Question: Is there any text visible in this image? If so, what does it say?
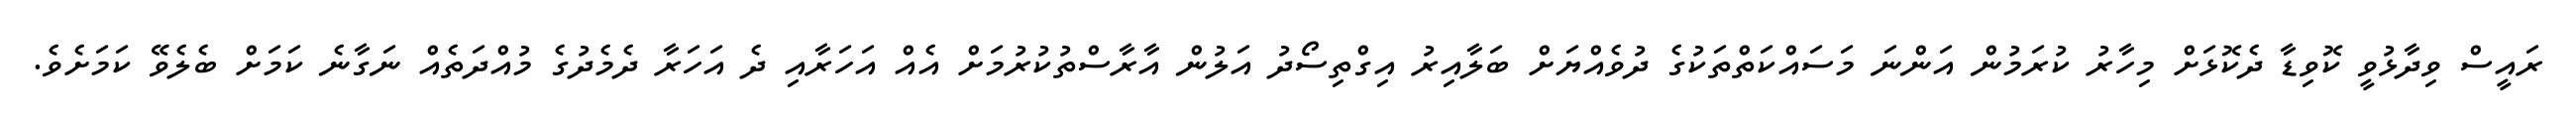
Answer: ރައީސް ވިދާޅުވީ ކޮވިޑާ ދެކޮޅަށް މިހާރު ކުރަމުން އަންނަ މަސައްކަތްތަކުގެ ދުވެއްޔަށް ބަލާއިރު އިގްތިސޯދު އަލުން އާރާސްތުކުރުމަށް އެއް އަހަރާއި ދެ އަހަރާ ދެމެދުގެ މުއްދަތެއް ނަގާނެ ކަމަށް ބެލެވޭ ކަމަށެވެ.